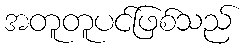
အတူတူပင်ဖြစ်သည်